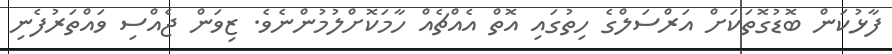
ފާޅުކަން ބޮޑުގޮތަކަށް އަރްސަލްގެ ހިތުގައި އޮތް އެއްޗެއް ހާމަކޮށްލުމުންނެވެ. ޒިވަން ޖެއްސި ވައްތަރުފެނި